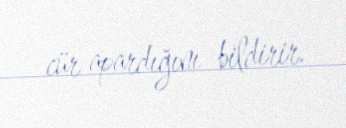
cür apardığını bildirir.